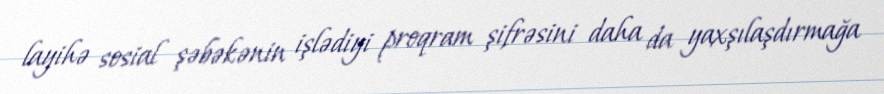
layihə sosial şəbəkənin işlədiyi proqram şifrəsini daha da yaxşılaşdırmağa